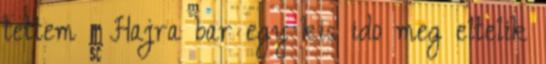
tettem : Hajra bar egy kis ido meg eltelik